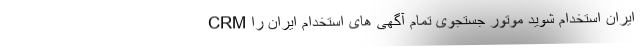
CRM ایران استخدام شوید موتور جستجوی تمام آگهی های استخدام ایران را